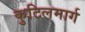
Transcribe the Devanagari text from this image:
कुटिलमार्ग